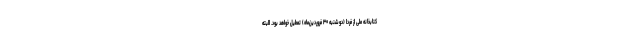
کتابخانه ملی از فردا (دوشنبه ۳۰ فروردین‌ماه) تعطیل خواهد بود. البته